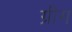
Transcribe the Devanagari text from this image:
ग्रीग